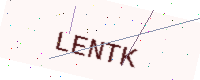
Text: LENTK